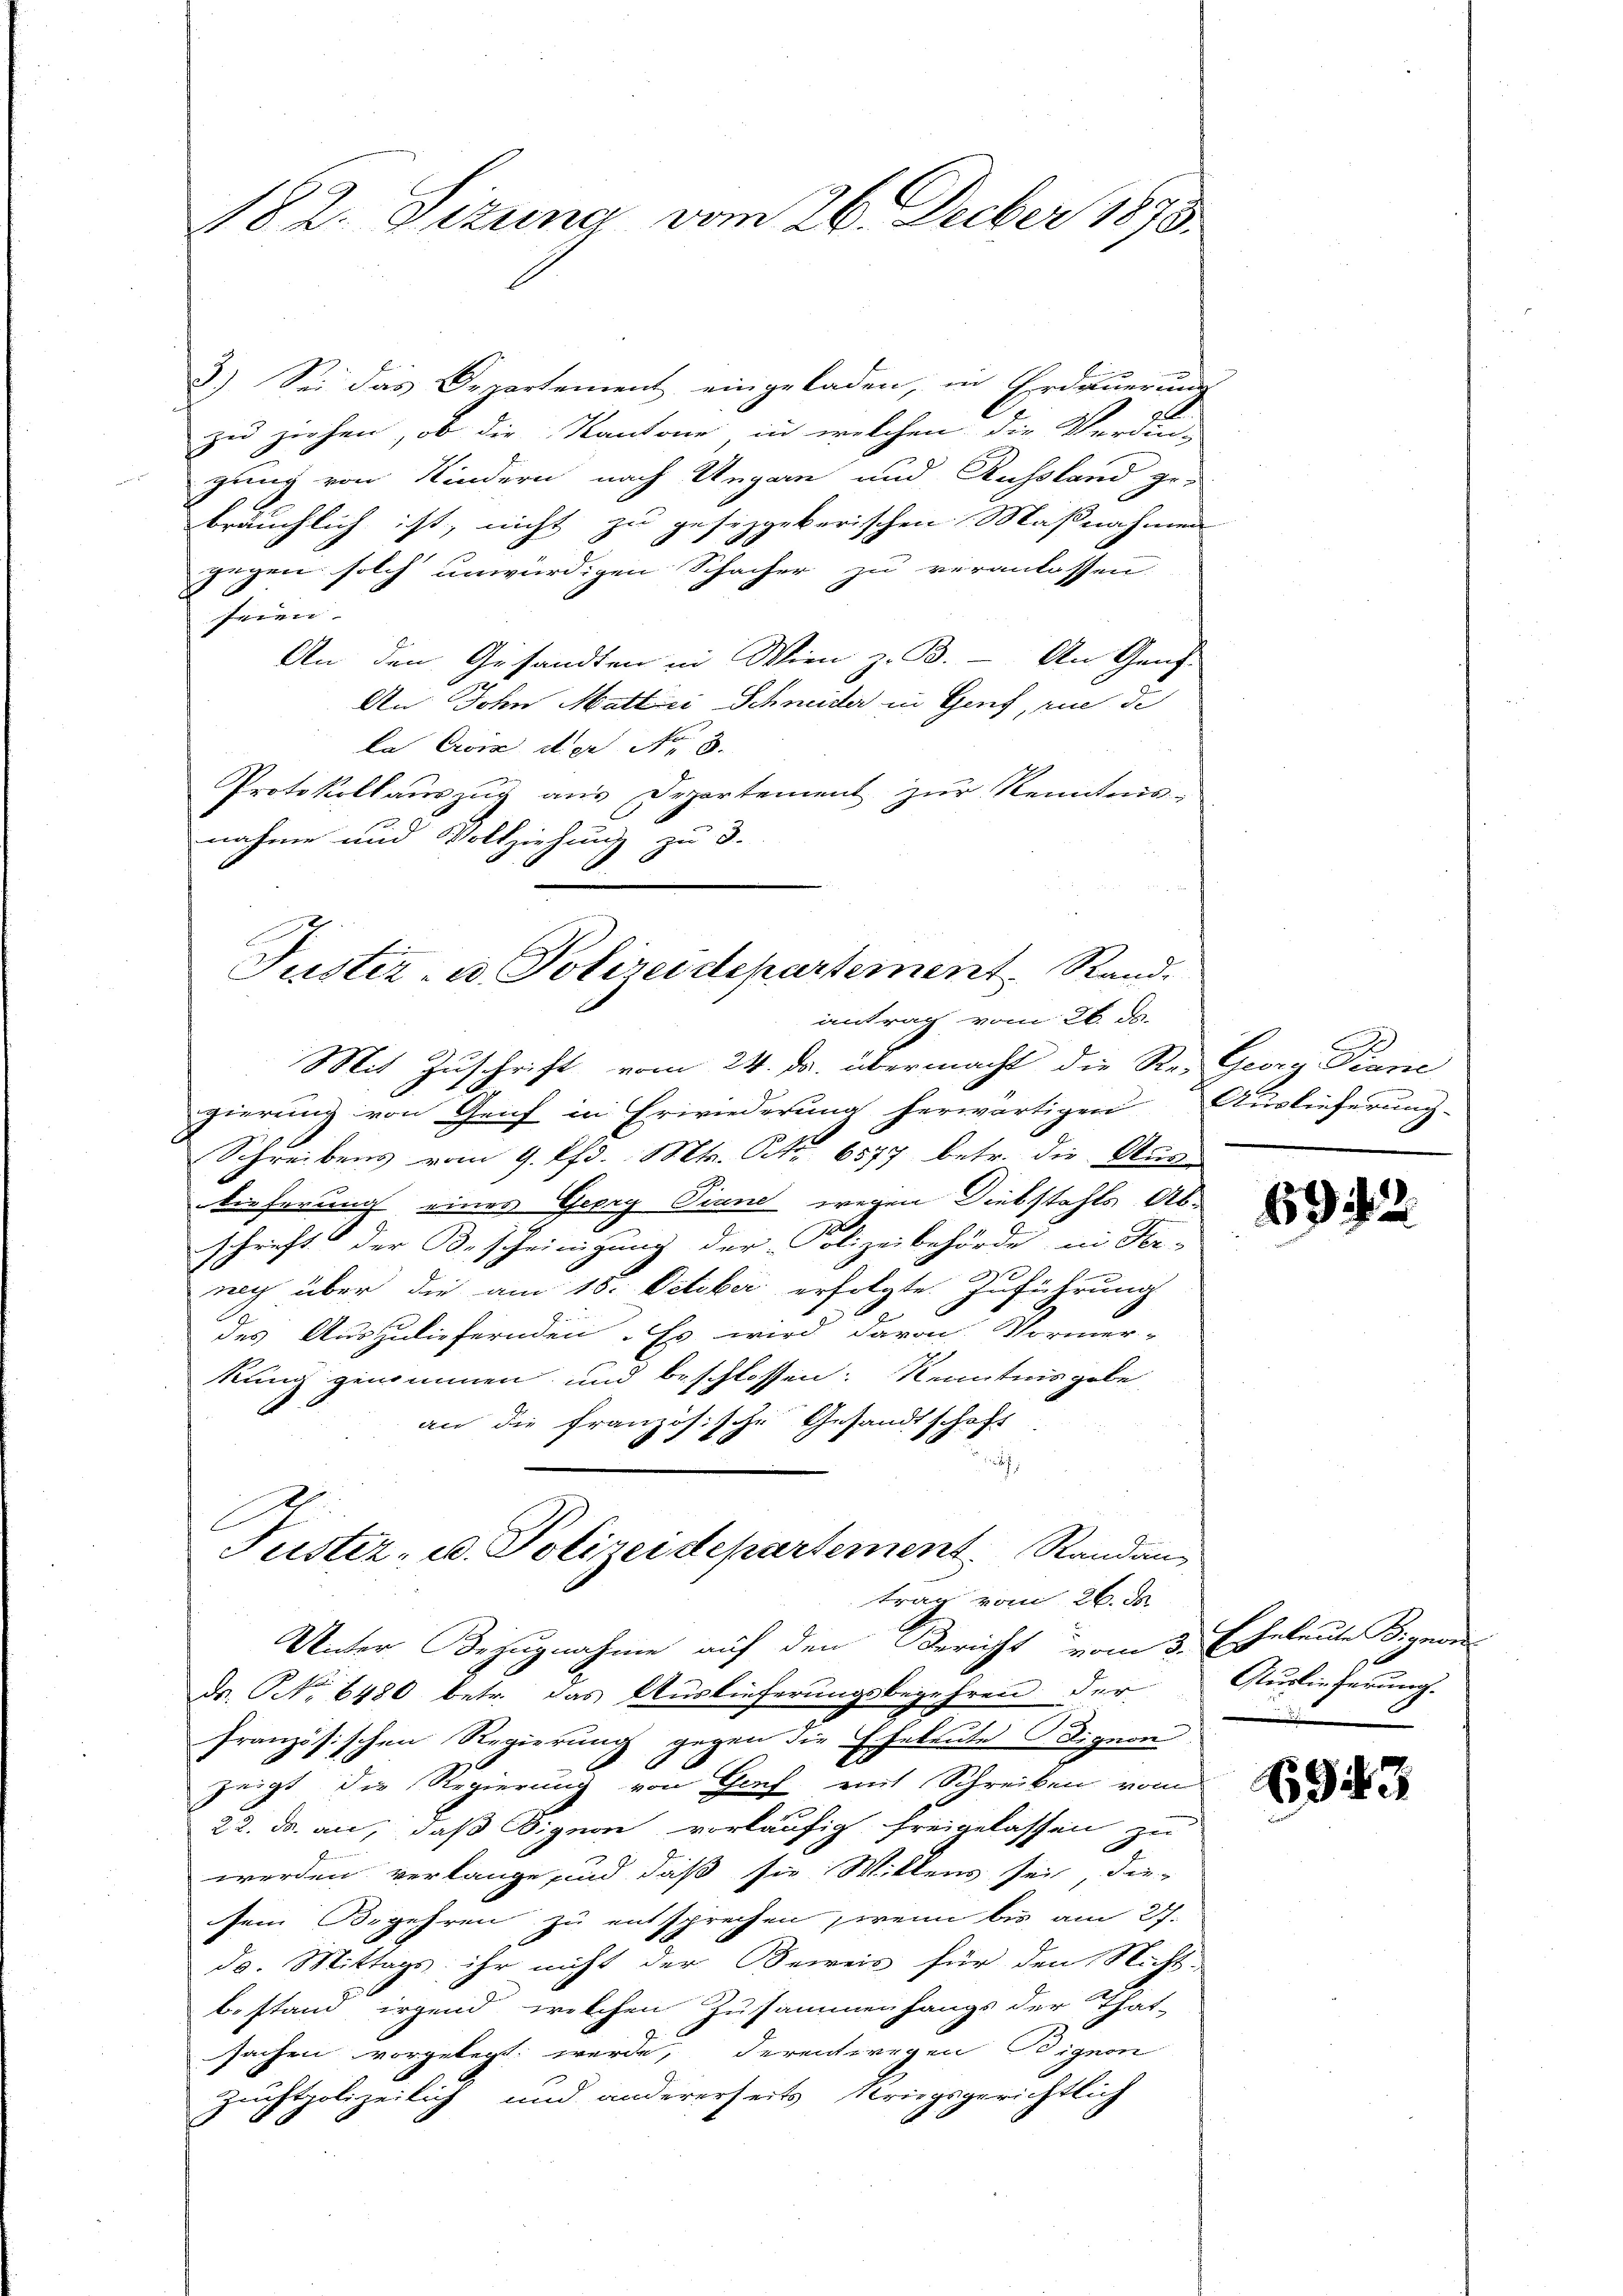
102. Sizung vom 26. Feber 1873.

3.) Sei das Departement eingeladen, in Erdauerung
zu ziehen, ob die Kantone, in welchen die Verdan-
gung von Kindern nach Ungar und Russland ge-
bräuchlich ist, nicht zu gesezgeberischen Maßnahmen
gegen solch unwürdigen Schacher zu veranlassen.
seien.
An den Gesandten in Wien z. B. - An Genz-
An John Mattici Schneider in Genf, rue de
la Crone der No 3.
Protokollauszug aus Departement zŭr Kenntnis-
nahme und Vollziehung zu 8.
Mit Zuschrift vom 24. ds. übermacht die Re- Georg Panić
gierung von Grif in Erwiederung herwärtigen Auslieferung-
Schreibens vom 9. d. Mts. S. 6577 betr. die Aus-
tieferung eines Geery Piane wegen Diebstahls Abschrift der Bescheinigung der Polizeibehörde in Fer-
neg über die am 15. October erfolgte Zuführung
des Auszuliefernden. Es wird davon Vormer-
kung genommen und beschlossen: Kenntnisgabe
an die französische Gesandtschaft

C
Justiz- u. Polizeidepartement Randan
trag vom 26. de
Unter Bezugnahme auf den Bericht vom 3. Eheleute ignon
Dr. No 6480 betr. das Auslieferungsbegehren der
französischen Regierung gegen die Eheleute Dignon.
zeigt die Regierung von Genf mit Schreiben vom
22. ds. an, daß Bignon vorläufig freigelassen zu
werden verlange sind daß sie Willens sei, die
sem Begehren zu entsprechen, wenn bis am 27.
da. Mittags ihr nicht der Beweis für den Nicht-
bestand irgend welchen Zusammenhangs der That-
sachen vorgelegt werde, derentwegen Bignon
Zuchtpolizeilich und andererseits kriegsgerichtlich

Justiz- u. Polizeidepartement. Sandantrag vom 26. ds.

69

122.

Auslieferung.

943